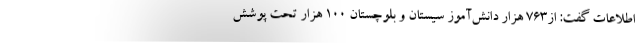
اطلاعات گفت: از۷۶۳ هزار دانش‌آموز سیستان و بلوچستان ۱۰۰ هزار تحت پوشش